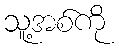
သူ့အစ်ကို